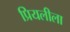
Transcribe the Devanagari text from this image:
प्रियलीला